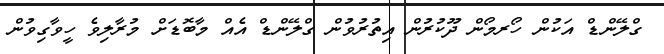
ގްލޭންޑް އަކުން ހޯރމޯން ދޫކުރުން އިތުރުވުން ގްލޭންޑް އެއް މާބޮޑަށް މުރާލިވެ ހީވާގިވުން